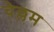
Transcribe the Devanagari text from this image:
चेल्लम